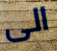
الى